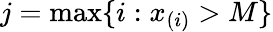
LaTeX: j=\operatorname*{max}\{ i:x_{(i)}>M\}